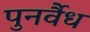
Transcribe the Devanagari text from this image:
पुनर्वैध